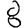
Digit: 8